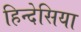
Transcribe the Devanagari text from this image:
हिन्देसिया